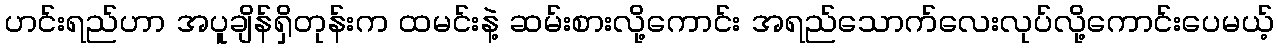
ဟင်းရည်ဟာ အပူချိန်ရှိတုန်းက ထမင်းနဲ့ ဆမ်းစားလို့ကောင်း အရည်သောက်လေးလုပ်လို့ကောင်းပေမယ့်